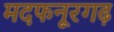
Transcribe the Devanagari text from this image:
मदफनूरगढ़